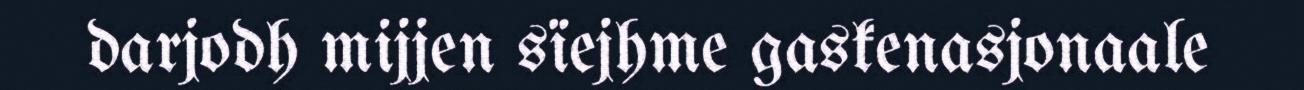
darjodh mijjen sïejhme gaskenasjonaale